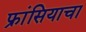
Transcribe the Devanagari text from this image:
फ्रांसियाचा